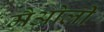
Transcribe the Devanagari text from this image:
मैओली